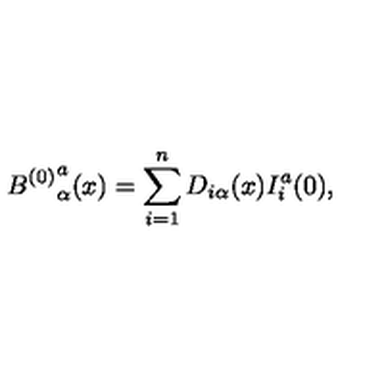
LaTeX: { B ^ { ( 0 ) } } _ { \alpha } ^ { a } ( x ) = \sum _ { i = 1 } ^ { n } D _ { i \alpha } ( x ) I _ { i } ^ { a } ( 0 ) ,